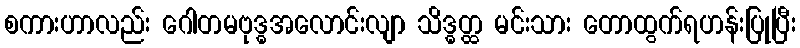
စကားဟာလည်း ဂေါတမဗုဒ္ဓအလောင်းလျာ သိဒ္ဓတ္ထ မင်းသား တောထွက်ရဟန်းပြုပြီး